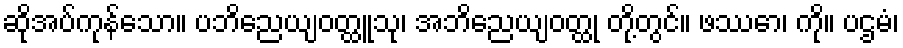
ဆိုအပ်ကုန်သော။ ပဘိညေယျဝတ္ထူသု၊ အဘိညေယျဝတ္ထု တို့တွင်။ ဖဿော၊ ကို။ ပဌမံ၊